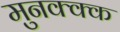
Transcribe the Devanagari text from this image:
मुनक्क्क